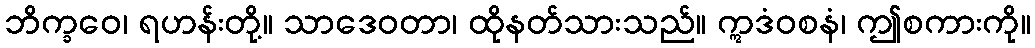
ဘိက္ခဝေ၊ ရဟန်းတို့။ သာဒေဝတာ၊ ထိုနတ်သားသည်။ ဣဒံဝစနံ၊ ဤစကားကို။